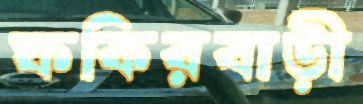
ফকিরবাড়ী